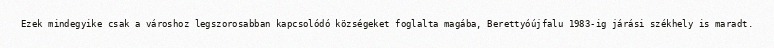
Ezek mindegyike csak a városhoz legszorosabban kapcsolódó községeket foglalta magába, Berettyóújfalu 1983-ig járási székhely is maradt.